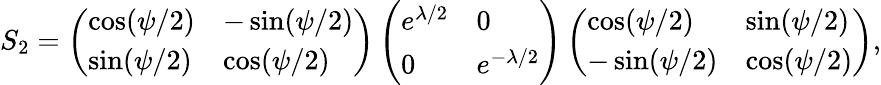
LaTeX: S_{2}=\left(\begin{array}{ll}{{\cos(\psi/2)}}&{{-\sin(\psi/2)}}\\ {{\sin(\psi/2)}}&{{\cos(\psi/2)}}\end{array}\right)\left(\begin{array}{ll}{{e^{\lambda/2}}}&{{0}}\\ {{0}}&{{e^{-\lambda/2}}}\end{array}\right)\left(\begin{array}{ll}{{\cos(\psi/2)}}&{{\sin(\psi/2)}}\\ {{-\sin(\psi/2)}}&{{\cos(\psi/2)}}\end{array}\right),